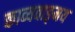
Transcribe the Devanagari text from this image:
काव्यवाङ्‌मय